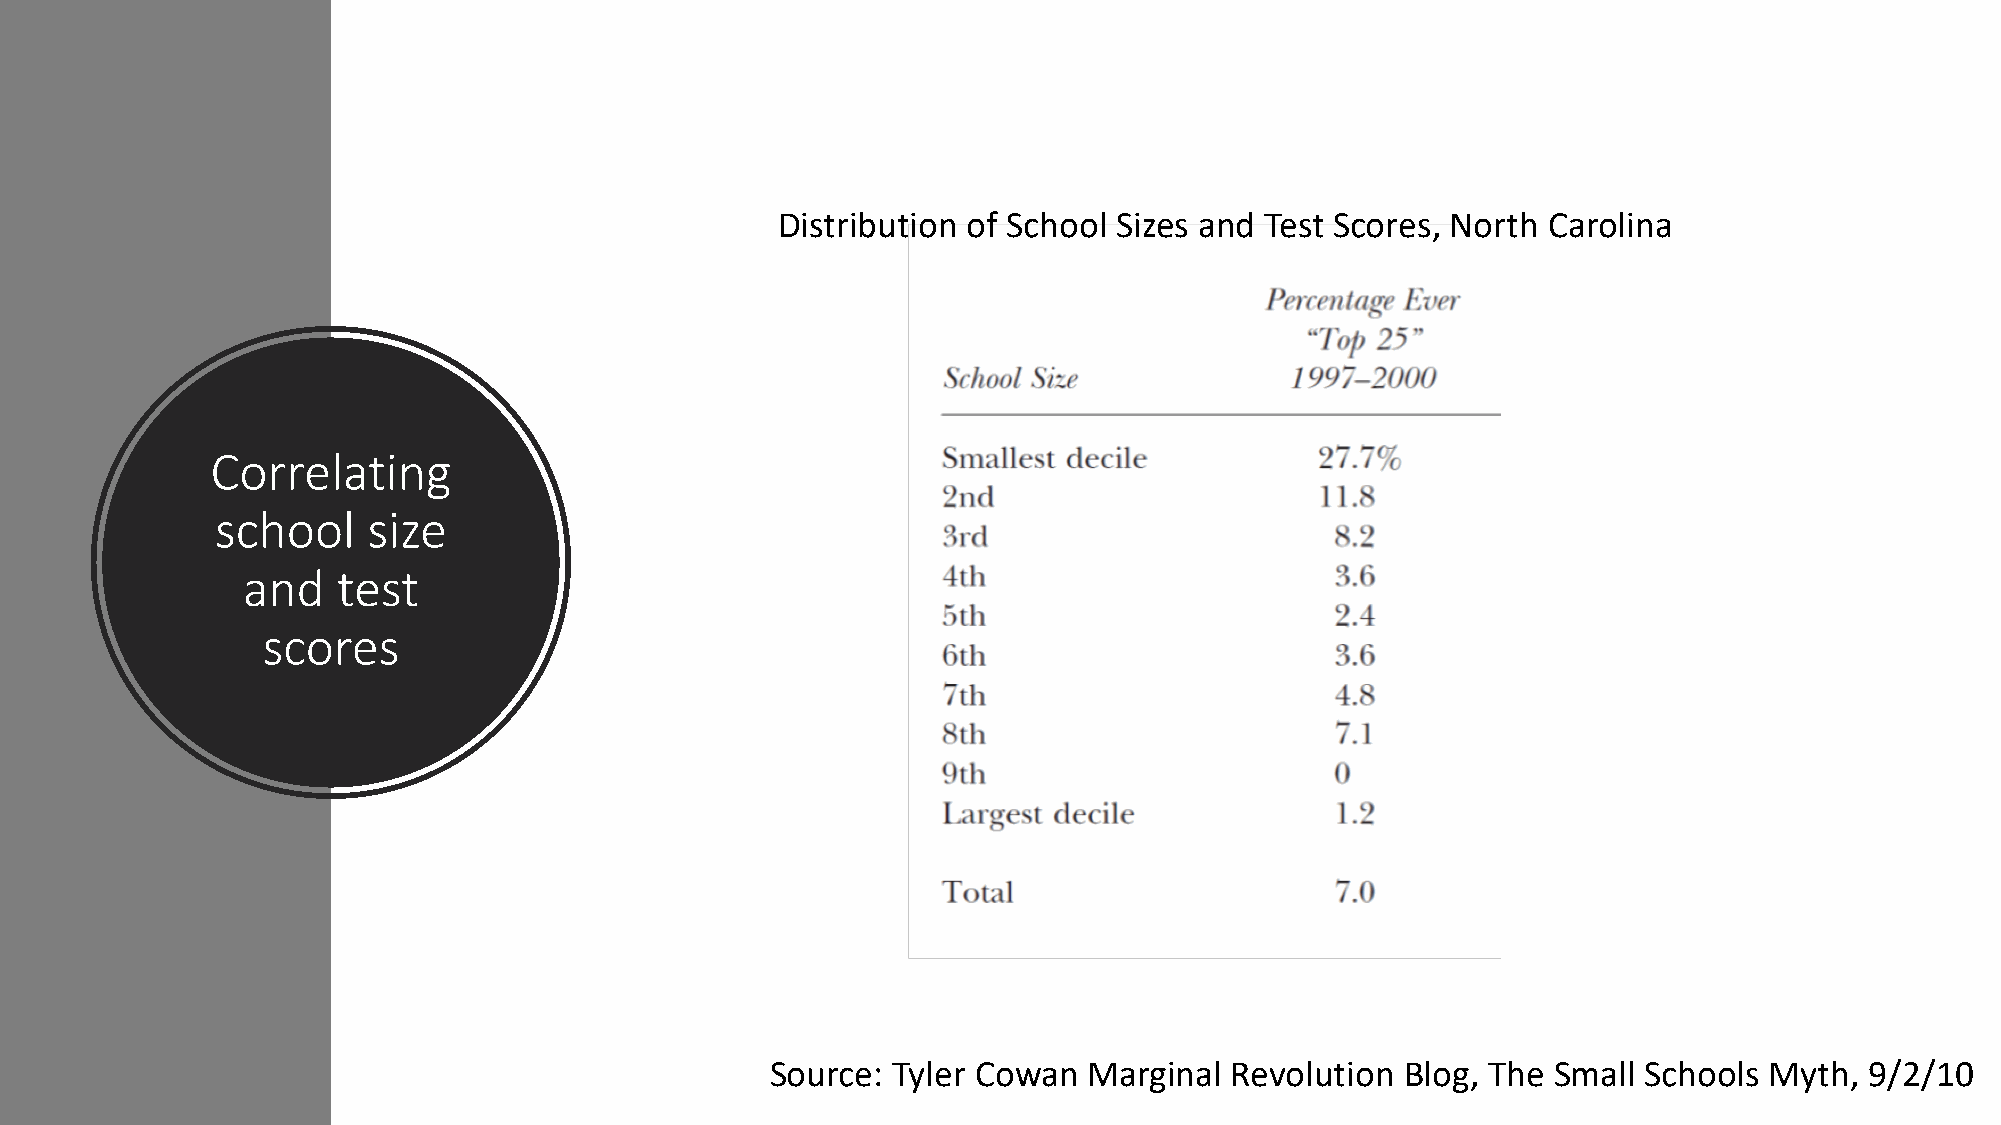
Distribution of School Sizes and Test Scores, North Carolina
 Correlating
 school    size
 and   test
 scores
 Source: Tyler Cowan  Marginal Revolution  Blog, The Small Schools Myth,  9/2/10